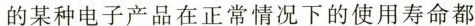
的某种电子产品在正常情况下的使用寿命都